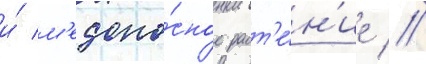
и́ м'едоно́сное раст'е́н'ие //